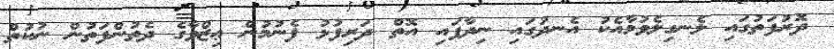
ދޮރުފަތުގައި ލެނގިލެވުމާއެކު އެނދުގައި ނިދާފައި އޮތް ދަރިފުޅު ފެނުމުން ޢިޒްވާގެ ދެތުންފަތުން ނުކުތް